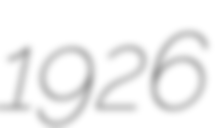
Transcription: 1926